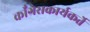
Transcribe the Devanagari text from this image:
काँग्रेसकार्यकर्ते